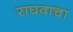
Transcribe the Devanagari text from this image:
राघवाचा